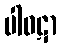
ပါဝဋာ